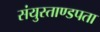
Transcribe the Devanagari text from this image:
संयुस्ताण्डपता